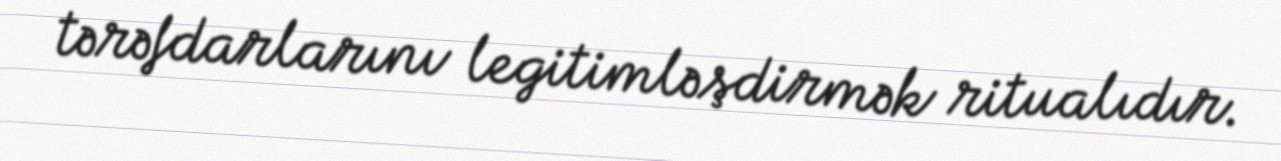
tərəfdarlarını legitimləşdirmək ritualıdır.